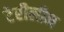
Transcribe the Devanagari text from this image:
टेरीलीन